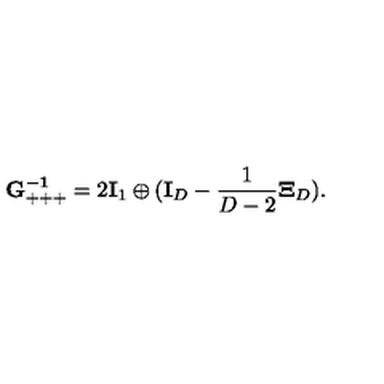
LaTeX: { \bf G _ { + + + } ^ { - 1 } } = 2 { \bf I } _ { 1 } \oplus ( { \bf I } _ { D } - \frac { 1 } { D - 2 } { \bf \Xi } _ { D } ) .